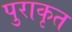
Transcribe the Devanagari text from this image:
पुराकृत